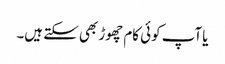
یا آپ کوئی کام چھوڑ بھی سکتے ہیں۔